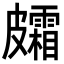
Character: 𥀸